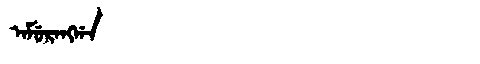
Manchu: ᠠᠮᡠᡵᠠᠩᡤᠠ
Romanization: AMURANGGA